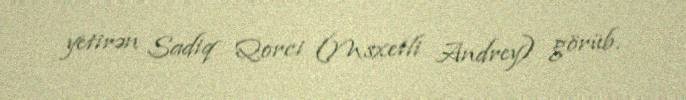
yetirən Sadiq Qorci (Msxetli Andrey) görüb.